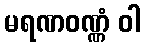
မရဏဝဏ္ဏံ ဝါ